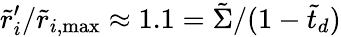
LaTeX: \tilde{r}_{i}^{\prime}/\tilde{r}_{i,\mathrm{{max}}}\approx 1.1=\tilde{\Sigma}/(1-\tilde{t}_{d})